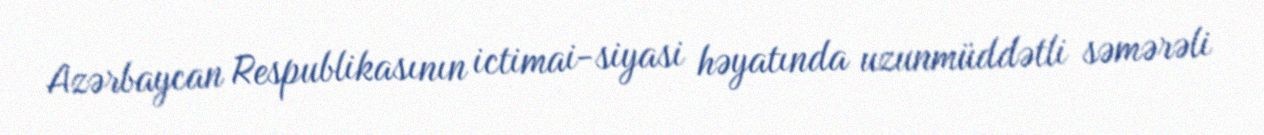
Azərbaycan Respublikasının ictimai-siyasi həyatında uzunmüddətli səmərəli